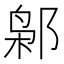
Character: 𰻮